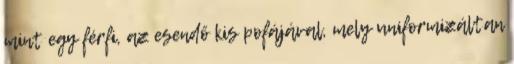
mint egy férfi, az esendő kis pofájával, mely uniformizáltan